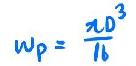
$w_{p} = \frac{\pi D^{3}}{16}$